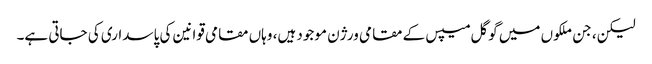
لیکن، جن ملکوں میں گوگل میپس کے مقامی ورژن موجود ہیں، وہاں مقامی قوانین کی پاسداری کی جاتی ہے۔